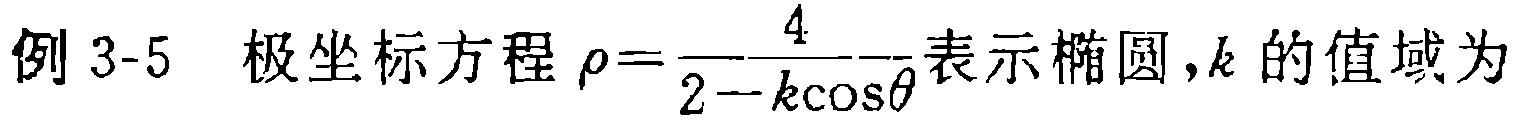
例 3-5  极坐标方程$\rho=\frac{4}{2 - k\cos\theta}$表示椭圆，$k$的值域为